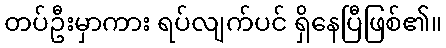
တပ်ဦးမှာကား ရပ်လျက်ပင် ရှိနေပြီဖြစ်၏။